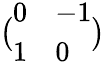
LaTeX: {\bigl(}{\begin{array}{ll}{0}&{-1}\\ {1}&{0}\end{array}}{\bigr)}